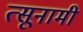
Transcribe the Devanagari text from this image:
त्सूनामी